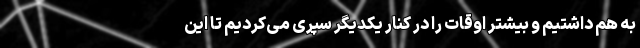
به هم داشتیم و بیشتر اوقات را در کنار یکدیگر سپری می‌کردیم تا این